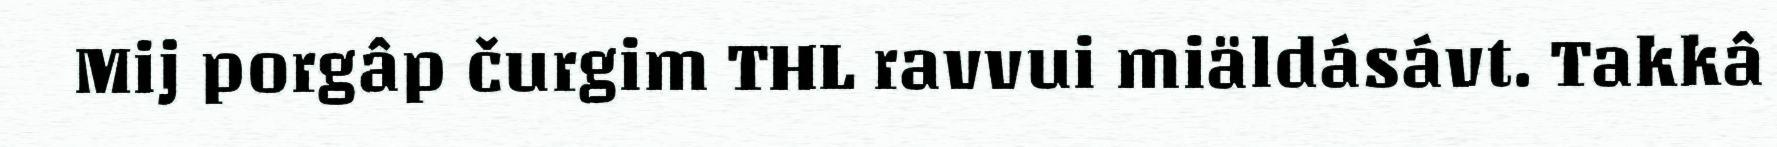
Mij porgâp čurgim THL ravvui miäldásávt. Takkâ